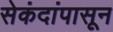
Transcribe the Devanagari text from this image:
सेकंदांपासून